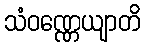
သံဝဏ္ဏေယျာတိ